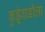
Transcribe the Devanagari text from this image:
कुर्डूवाडीला